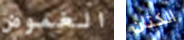
الغموض الكتان